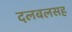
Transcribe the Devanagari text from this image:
दलबलसह